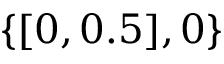
\{ [ 0 , 0 . 5 ] , 0 \}